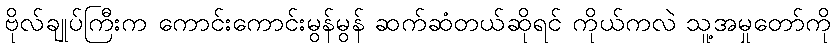
ဗိုလ်ချုပ်ကြီးက ကောင်းကောင်းမွန်မွန် ဆက်ဆံတယ်ဆိုရင် ကိုယ်ကလဲ သူ့အမှုတော်ကို